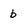
Character: b